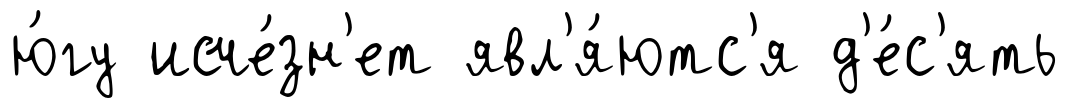
ю́гу исче́зн'ет явл'я́ютс'я д'е́с'ять